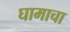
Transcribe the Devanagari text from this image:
घामाचा